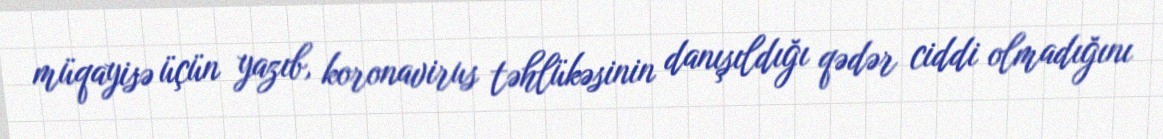
müqayisə üçün yazıb, koronavirus təhlükəsinin danışıldığı qədər ciddi olmadığını